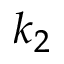
k _ { 2 }